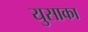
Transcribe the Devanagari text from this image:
युसाका